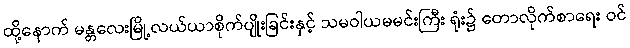
ထို့နောက် မန္တလေးမြို့လယ်ယာစိုက်ပျိုးခြင်းနှင့် သမဝါယမမင်းကြီး ရုံး၌ တောလိုက်စာရေး ဝင်